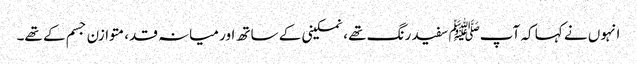
انہوں نے کہا کہ آپﷺ سفید رنگ تھے ، نمکینی کے ساتھ اور میانہ قد، متوازن جسم کے تھے۔